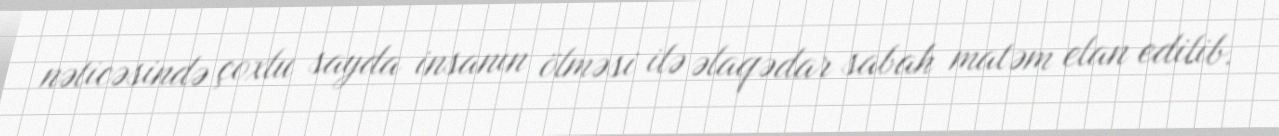
nəticəsində çoxlu sayda insanın ölməsi ilə əlaqədar sabah matəm elan edilib.